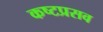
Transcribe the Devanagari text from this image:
कष्टप्रसव